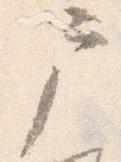
戸